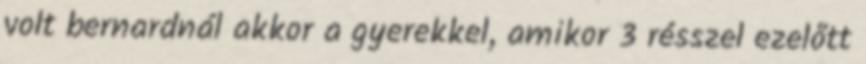
volt bernardnál akkor a gyerekkel, amikor 3 résszel ezelőtt